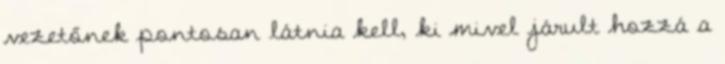
vezetőnek pontosan látnia kell, ki mivel járult hozzá a